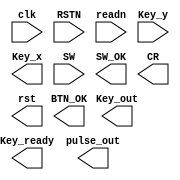
module SAnti_jitter(input wire clk, 
								 input wire RSTN,
								 input wire readn,
								 input wire [3:0]Key_y,
								 output reg[4:0] Key_x,
								 input wire[15:0]SW, 
								 output reg[4:0] Key_out,
								 output reg      Key_ready,
								 output reg[3:0] pulse_out,
								 output reg[3:0] BTN_OK,
								 output reg[15:0]SW_OK,
								 output reg 	  CR,
								 output reg 	  rst
								);
	 
endmodule